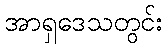
အာရှဒေသတွင်း